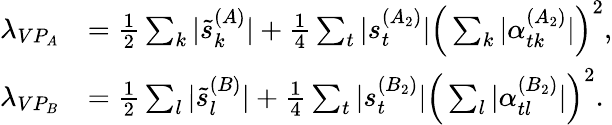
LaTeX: \begin{array}{rl}{\lambda_{VP_{A}}}&{=\frac{1}{2}\sum_{k}|\tilde{s}_{k}^{(A)}|+\frac{1}{4}\sum_{t}|s_{t}^{(A_{2})}|\Big(\sum_{k}|\alpha_{tk}^{(A_{2})}|\Big)^{2},}\\ {\lambda_{VP_{B}}}&{=\frac{1}{2}\sum_{l}|\tilde{s}_{l}^{(B)}|+\frac{1}{4}\sum_{t}|s_{t}^{(B_{2})}|\Big(\sum_{l}|\alpha_{tl}^{(B_{2})}|\Big)^{2}.}\end{array}